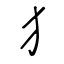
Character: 犭